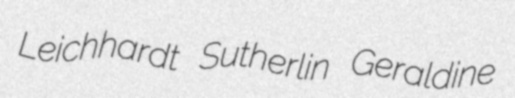
Leichhardt Sutherlin Geraldine